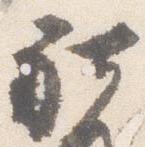
社